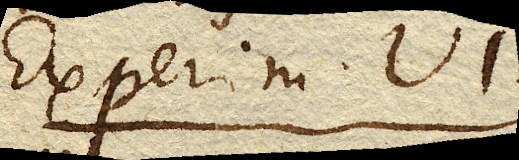
Experim. VI.